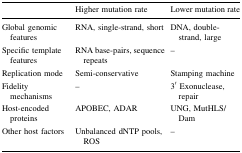
<table><thead><tr><td></td><td><b>Higher mutation rate</b></td><td><b>Lower mutation rate</b></td></tr></thead><tbody><tr><td>Global genomic features</td><td>RNA, single-strand, short</td><td>DNA, double-strand, large</td></tr><tr><td>Specific template features</td><td>RNA base-pairs, sequence repeats</td><td>–</td></tr><tr><td>Replication mode</td><td>Semi-conservative</td><td>Stamping machine</td></tr><tr><td>Fidelity mechanisms</td><td>–</td><td>3′ Exonuclease, repair</td></tr><tr><td>Host-encoded proteins</td><td>APOBEC, ADAR</td><td>UNG, MutHLS/Dam</td></tr><tr><td>Other host factors</td><td>Unbalanced dNTP pools, ROS</td><td>–</td></tr></tbody></table>